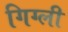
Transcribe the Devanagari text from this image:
गिग्ली